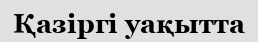
Қазіргі уақытта